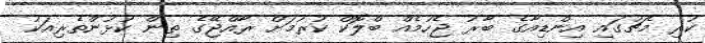
ކުރި މެޗުގައި އިންޑިއާގެ ބާރު ޖެހުމެއް ބްލޮކް ކުރުމަށް ރާއްޖޭގެ ތިން ކުޅުންތެރިއަކު